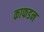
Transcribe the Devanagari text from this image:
काफडन